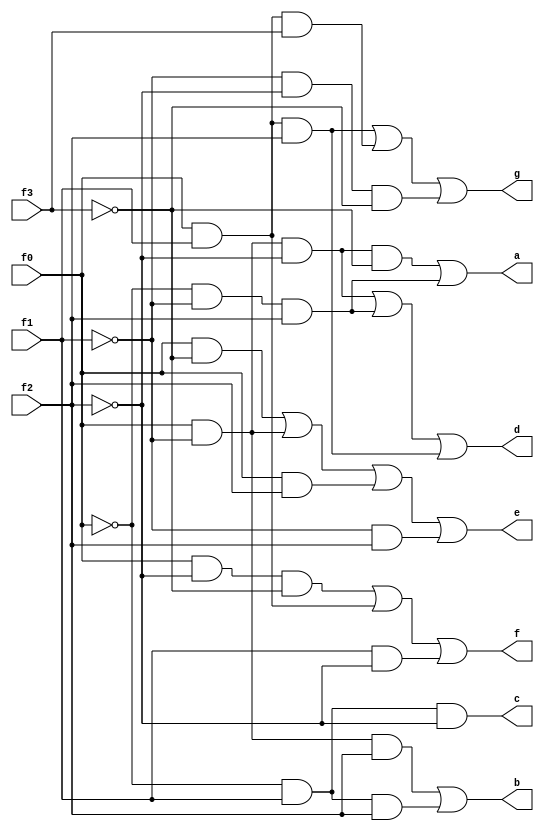
/*
 * Generated by Digital. Don't modify this file!
 * Any changes will be lost if this file is regenerated.
 */

module seg7 (
  input f3,
  input f2,
  input f1,
  input f0,
  output a,
  output b,
  output c,
  output d,
  output e,
  output f,
  output g
);
  wire s0;
  wire s1;
  wire s2;
  wire s3;
  assign s2 = ~ f3;
  assign s1 = ~ f2;
  assign s0 = ~ f1;
  assign s3 = ~ f0;
  assign a = ((f0 & s0 & s1 & s2) | (s3 & s0 & f2));
  assign b = ((f0 & s0 & f2) | (s3 & f1 & f2));
  assign c = (s3 & f1 & s1);
  assign d = ((f0 & s0 & s1) | (s3 & s0 & f2) | (f0 & f1 & f2));
  assign e = ((f0 & s2) | (f0 & s0) | (f0 & f2) | (s0 & f2));
  assign f = ((f0 & s1 & s2) | (f0 & f1) | (f1 & s1));
  assign g = ((f0 & f1 & f2) | (f0 & f1 & f3) | (s0 & s1 & s2));
endmodule